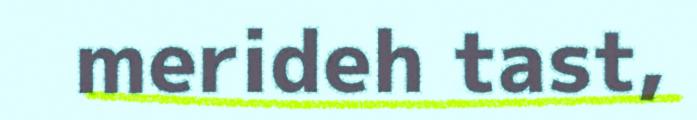
merideh tast,